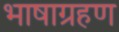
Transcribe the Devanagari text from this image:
भाषाग्रहण